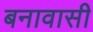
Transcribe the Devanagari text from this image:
बनावासी